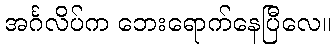
အင်္ဂလိပ်က ဘေးရောက်နေပြီလေ။